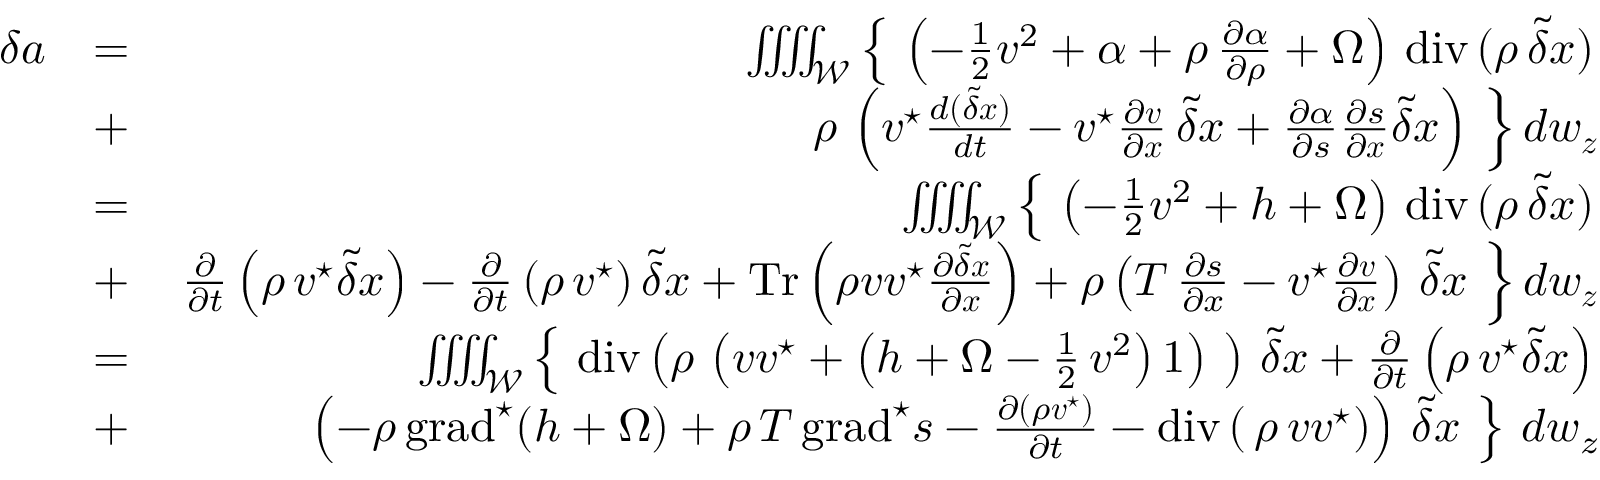
\begin{array} { r l r } { \delta a } & { = } & { \iiiint _ { \mathcal W } \left\{ \ \left( - \frac { 1 } { 2 } { \boldsymbol v } ^ { 2 } + \alpha + \rho \, \frac { \partial \alpha } { \partial \rho } + \Omega \right) \, \mathrm { d i v } \, ( \rho \, \tilde { \delta } \boldsymbol { x } ) \right. } \\ & { + } & { \left. \rho \, \left( { \boldsymbol v } ^ { \star } \frac { d ( \tilde { \delta } \boldsymbol { x } ) } { d t } - { \boldsymbol v } ^ { \star } \frac { \partial { \boldsymbol v } } { \partial \boldsymbol { x } } \, \tilde { \delta } \boldsymbol { x } + \frac { \partial \alpha } { \partial s } \frac { \partial s } { \partial \boldsymbol { x } } { \tilde { \delta } \boldsymbol x } \right) \ \right\} d w _ { \boldsymbol z } } \\ & { = } & { \iiiint _ { \mathcal W } \left\{ \ \left( - \frac { 1 } { 2 } { \boldsymbol v } ^ { 2 } + h + \Omega \right) \, \mathrm { d i v } \, ( \rho \, \tilde { \delta } \boldsymbol { x } ) \right. } \\ & { + } & { \left. \frac { \partial } { \partial t } \left( \rho \, { \boldsymbol v } ^ { \star } \boldsymbol { \tilde { \delta } x } \right) - \frac { \partial } { \partial t } \left( \rho \, { \boldsymbol v } ^ { \star } \right) \boldsymbol { \tilde { \delta } x } + \mathrm { T r } \left( \rho { \boldsymbol v } { \boldsymbol v } ^ { \star } \frac { \partial \tilde { \delta } \boldsymbol { x } } { \partial \boldsymbol { x } } \right) + \rho \left( T \, \frac { \partial s } { \partial x } - { \boldsymbol v } ^ { \star } \frac { \partial { \boldsymbol v } } { \partial { \boldsymbol x } } \right) \, \tilde { \delta } \boldsymbol { x } \ \right\} d w _ { \boldsymbol z } } \\ & { = } & { \iiiint _ { \mathcal W } \left\{ \ \mathrm { d i v } \left( \rho \, \left( { \boldsymbol v } { \boldsymbol v } ^ { \star } + \left( h + \Omega - \frac { 1 } { 2 } \, { \boldsymbol v } ^ { 2 } \right) \boldsymbol 1 \right) \ \right) \, \tilde { \delta } { \boldsymbol x } + \frac { \partial } { \partial t } \left( \rho \, { \boldsymbol v } ^ { \star } \boldsymbol { \tilde { \delta } x } \right) \right. } \\ & { + } & { \left. \left( - \rho \, \mathrm { g r a d } ^ { \star } ( h + \Omega ) + \rho \, T \, \mathrm { g r a d } ^ { \star } s - \frac { \partial ( \rho { \boldsymbol v } ^ { \star } ) } { \partial t } - \mathrm { d i v } \left( \, \rho \, { \boldsymbol v } { \boldsymbol v } ^ { \star } \right) \right) \, \tilde { \delta } { \boldsymbol x } \ \right\} \, d w _ { z } } \end{array}